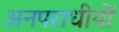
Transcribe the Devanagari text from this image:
अनपराधीयों